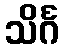
သိင်္ဂ